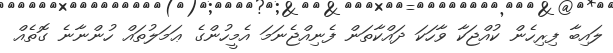
ލައިބާ ފިރިހެން ކުއްޖަކާ ވާހަކަ ދައްކާތަން ފެނިއްޖެނަމަ އެމީހުންގެ ޢަމަލުތައް ހުންނާނެ ގޮތެއް